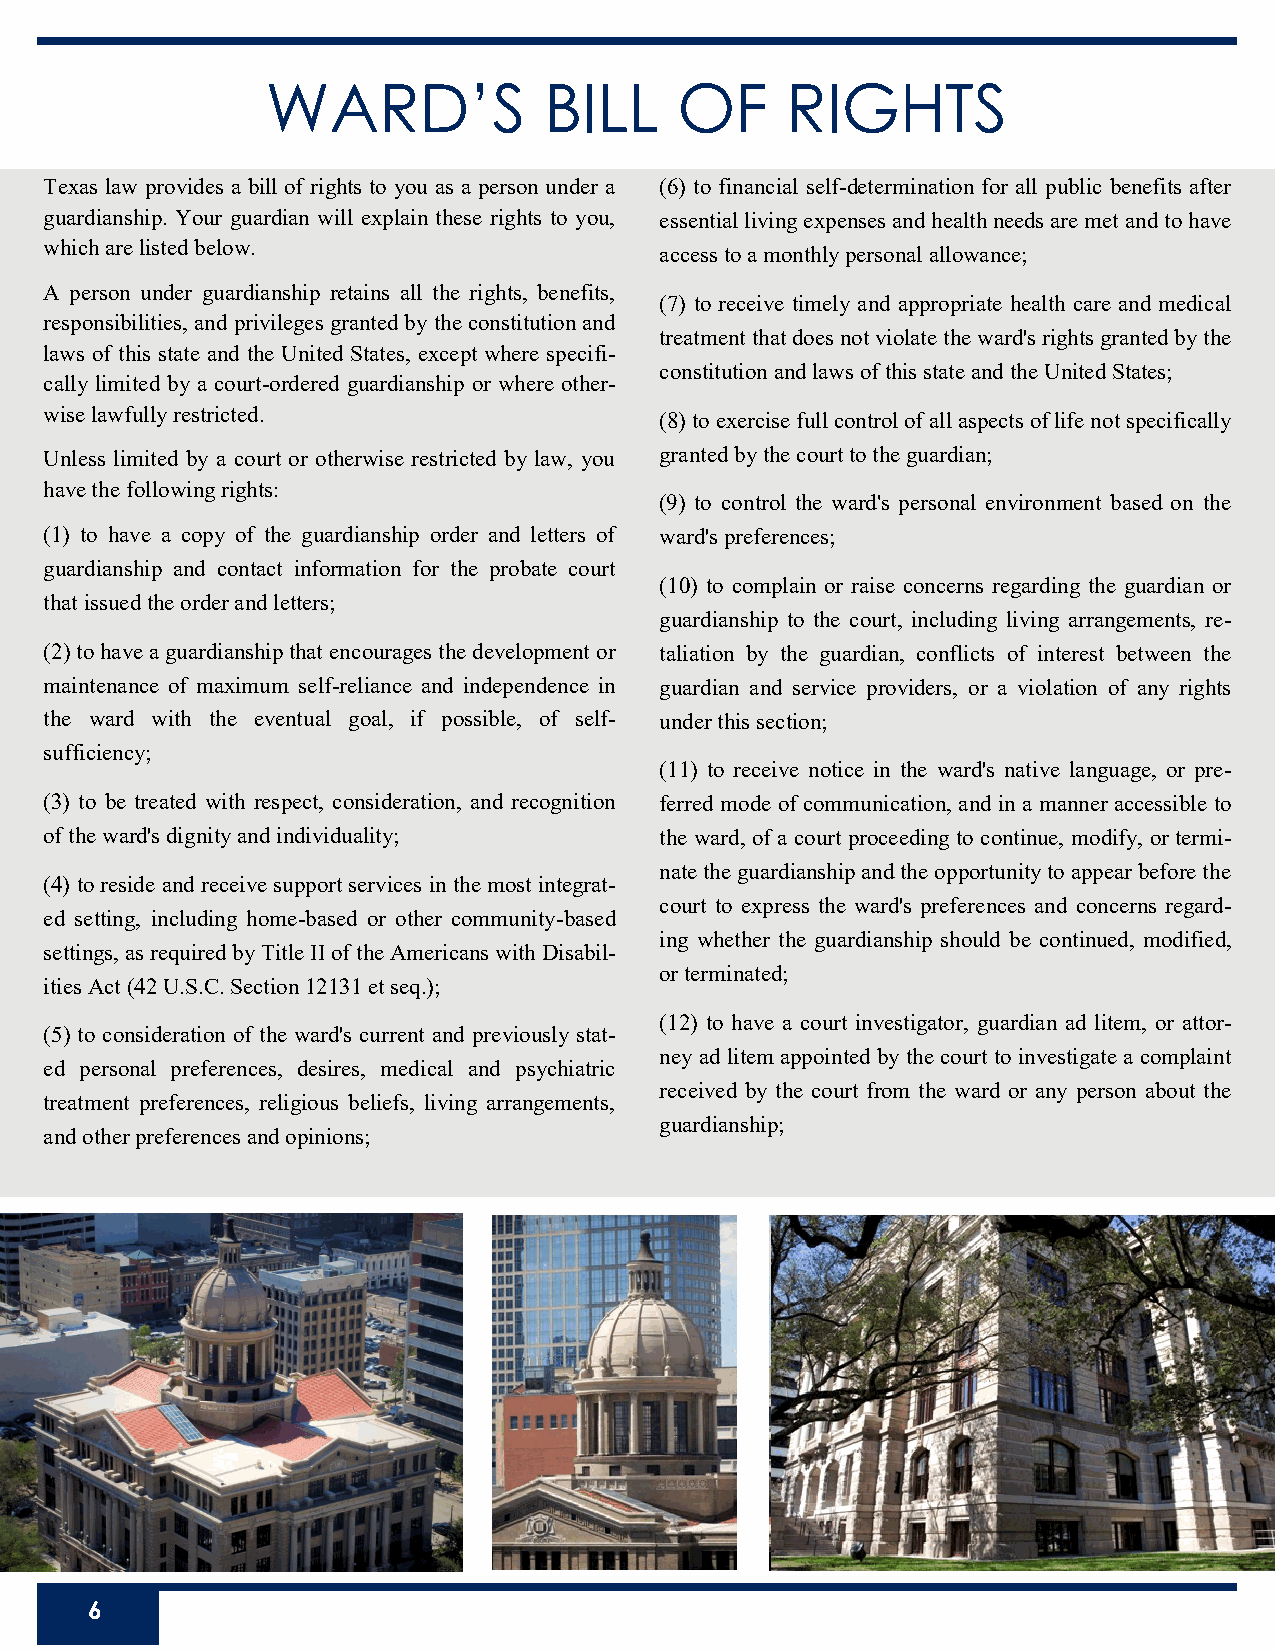
WARD’S            BILL     OF     RIGHTS
 Texas law provides a bill of rights to you as a person under a (6) to financial self-determination for all public benefits after
 guardianship. Your guardian will explain these rights to you, essential living expenses and health needs are met and to have
 which are listed below.
 access to a monthly personal allowance;
 A person under guardianship retains all the rights, benefits,
 (7) to receive timely and appropriate health care and medical
 responsibilities, and privileges granted by the constitution and
 treatment that does not violate the ward's rights granted by the
 laws of this state and the United States, except where specifi-
 constitution and laws of this state and the United States;
 cally limited by a court-ordered guardianship or where other-
 wise lawfully restricted.                (8) to exercise full control of all aspects of life not specifically
 Unless limited by a court or otherwise restricted by law, you granted by the court to the guardian;
 have the following rights:
 (9) to control the ward's personal environment based on the
 (1) to have a copy of the guardianship order and letters of ward's preferences;
 guardianship and contact information for the probate court
 (10) to complain or raise concerns regarding the guardian or
 that issued the order and letters;
 guardianship to the court, including living arrangements, re-
 (2) to have a guardianship that encourages the development or taliation by the guardian, conflicts of interest between the
 maintenance of maximum self-reliance and independence in guardian and service providers, or a violation of any rights
 the ward with the eventual goal, if possible, of self- under this section;
 sufficiency;
 (11) to receive notice in the ward's native language, or pre-
 (3) to be treated with respect, consideration, and recognition ferred mode of communication, and in a manner accessible to
 of the ward's dignity and individuality; the ward, of a court proceeding to continue, modify, or termi-
 nate the guardianship and the opportunity to appear before the
 (4) to reside and receive support services in the most integrat-
 court to express the ward's preferences and concerns regard-
 ed setting, including home-based or other community-based
 ing whether the guardianship should be continued, modified,
 settings, as required by Title II of the Americans with Disabil-
 or terminated;
 ities Act (42 U.S.C. Section 12131 et seq.);
 (12) to have a court investigator, guardian ad litem, or attor-
 (5) to consideration of the ward's current and previously stat-
 ney ad litem appointed by the court to investigate a complaint
 ed personal preferences, desires, medical and psychiatric
 received by the court from the ward or any person about the
 treatment preferences, religious beliefs, living arrangements,
 guardianship;
 and other preferences and opinions;
 6